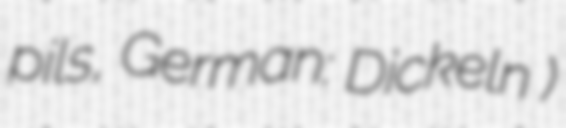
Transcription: pils, German: Dickeln )